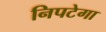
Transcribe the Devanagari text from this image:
निपटेगा